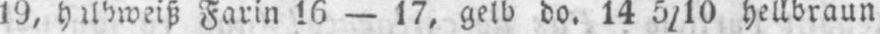
Farin 16 - 17, gelb do. 14 5/10 hellbraun